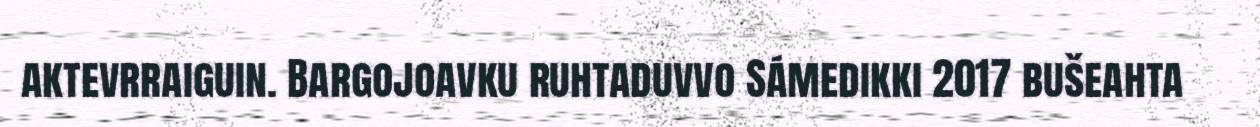
aktevrraiguin. Bargojoavku ruhtaduvvo Sámedikki 2017 bušeahta